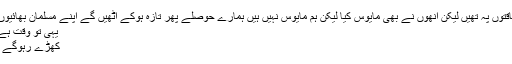
سب کی نظریں عالمی طاقتوں پہ تھیں لیکن انھوں نے بھی مایوس کیا لیکن ہم مایوس نہیں ہیں ہمارے حوصلے پھر تازہ ہوکے اٹھیں گے اپنے مسلمان بھائیوں یہ امید ضرور کرینگے
یہی تو وقت ہے آگے بڑھو خدا کے لئے
کھڑے رہوگے کب تک تماش بینوں میں